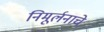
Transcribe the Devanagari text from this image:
निमूर्लनाचे